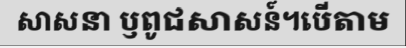
សាសនា ឫពូជសាសន៍។បើតាម